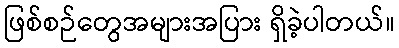
ဖြစ်စဉ်တွေအများအပြား ရှိခဲ့ပါတယ်။